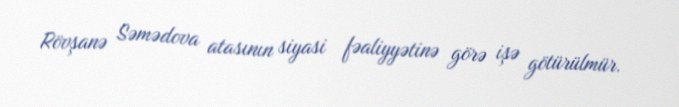
Rövşanə Səmədova atasının siyasi fəaliyyətinə görə işə götürülmür.